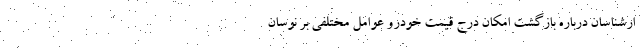
ارشناسان درباره بازگشت امکان درج قیمت خودرو عوامل مختلفی بر نوسان